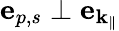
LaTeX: \mathbf{e}_{p,s}\perp\mathbf{e}_{\mathbf{\mathbf{k}_{\| }}}